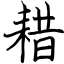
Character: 耤